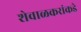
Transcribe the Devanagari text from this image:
शेवाळकरांकडे